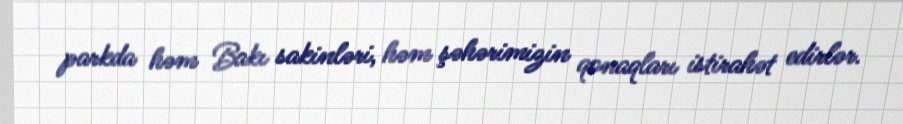
parkda həm Bakı sakinləri, həm şəhərimizin qonaqları istirahət edirlər.